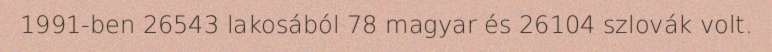
1991-ben 26543 lakosából 78 magyar és 26104 szlovák volt.